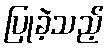
ပြုခဲ့သည့်